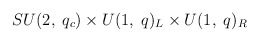
\begin{align*}SU(2, \; q_{c}) \times U(1, \; q)_{L} \times U(1, \; q)_{R}\end{align*}